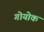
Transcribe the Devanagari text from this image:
गोयोक